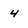
Character: 4